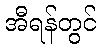
အီရန်တွင်